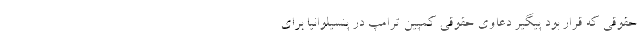
حقوقی که قرار بود پیگیر دعاوی حقوقی کمپین ترامپ در پنسیلوانیا برای